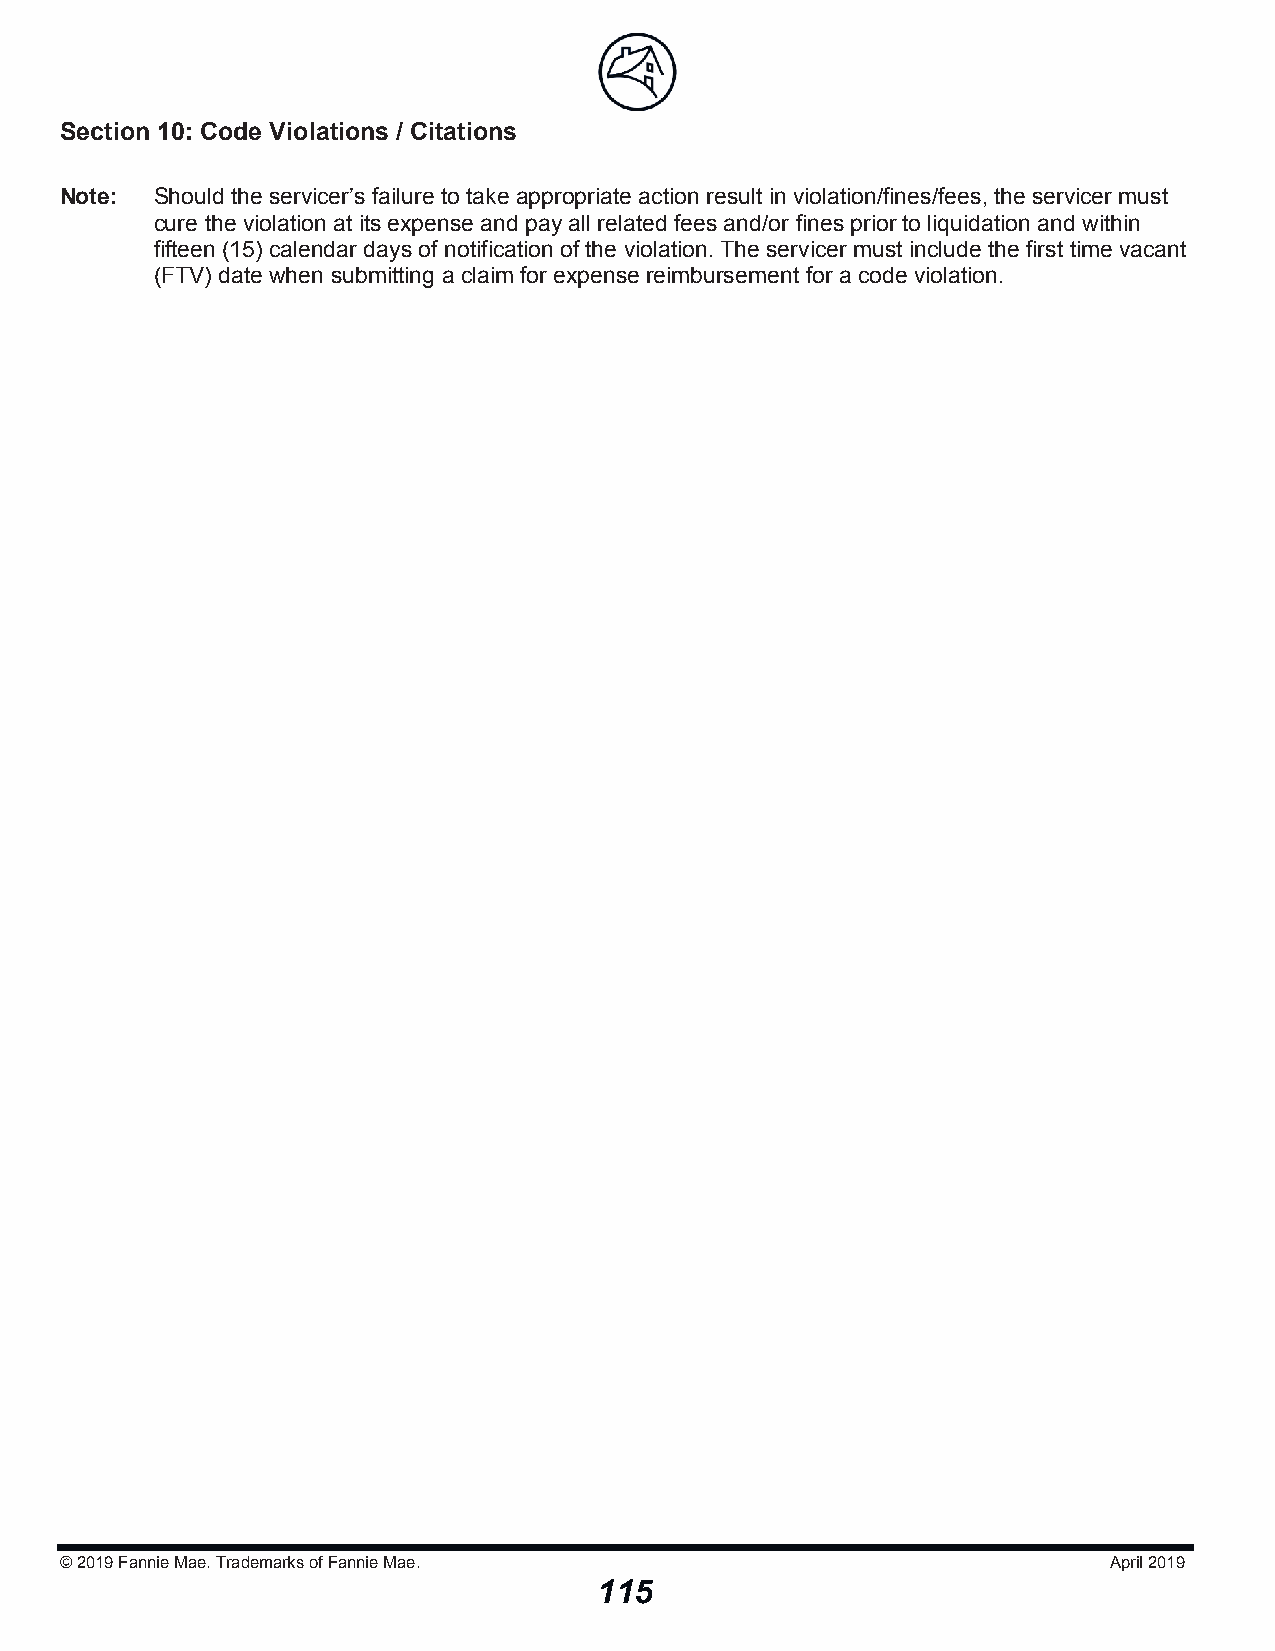
Section 10: Code Violations / Citations
 Note: Should the servicer’s failure to take appropriate action result in violation/fines/fees, the servicer must
 cure the violation at its expense and pay all related fees and/or fines prior to liquidation and within
 fifteen (15) calendar days of notification of the violation. The servicer must include the first time vacant
 (FTV) date when submitting a claim for expense reimbursement for a code violation.
 © 2019Fannie Mae. Trademarks of Fannie Mae.                          April 2019
 115